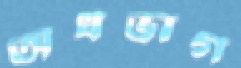
অর্ধভাগ